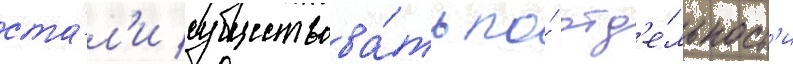
ста́л'и существова́ть по́ отд'е́льност'и